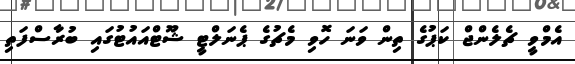
އެމްވީ ޗެލެންޖް ކަޕުގެ ތިން ވަނަ ހޮވި މެޗުގެ ޕެނަލްޓީ ޝޫޓްއައުޓުގައި ބުރާސްފަތި